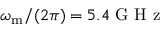
\omega _ { \mathrm { m } } / ( 2 \pi ) = 5 . 4 \mathrm { ~ G ~ H ~ z ~ }